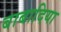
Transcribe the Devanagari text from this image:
बाबादिया